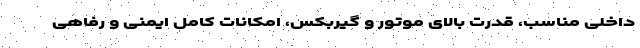
داخلی مناسب، قدرت بالای موتور و گیربکس، امکانات کامل ایمنی و رفاهی